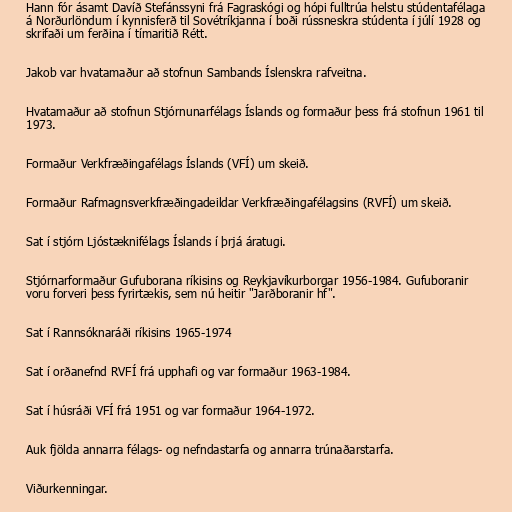
Hann fór ásamt Davíð Stefánssyni frá Fagraskógi og hópi fulltrúa helstu stúdentafélaga
á Norðurlöndum í kynnisferð til Sovétríkjanna í boði rússneskra stúdenta í júlí 1928 og
skrifaði um ferðina í tímaritið Rétt.

Jakob var hvatamaður að stofnun Sambands Íslenskra rafveitna.

Hvatamaður að stofnun Stjórnunarfélags Íslands og formaður þess frá stofnun 1961 til
1973.

Formaður Verkfræðingafélags Íslands (VFÍ) um skeið.

Formaður Rafmagnsverkfræðingadeildar Verkfræðingafélagsins (RVFÍ) um skeið.

Sat í stjórn Ljóstæknifélags Íslands í þrjá áratugi.

Stjórnarformaður Gufuborana ríkisins og Reykjavíkurborgar 1956-1984. Gufuboranir
voru forveri þess fyrirtækis, sem nú heitir "Jarðboranir hf".

Sat í Rannsóknaráði ríkisins 1965-1974

Sat í orðanefnd RVFÍ frá upphafi og var formaður 1963-1984.

Sat í húsráði VFÍ frá 1951 og var formaður 1964-1972.

Auk fjölda annarra félags- og nefndastarfa og annarra trúnaðarstarfa.

Viðurkenningar.